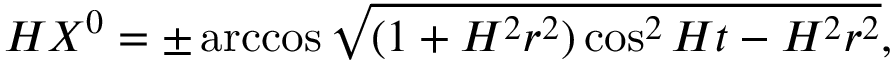
H X ^ { 0 } = \pm \operatorname { a r c c o s } \sqrt { ( 1 + H ^ { 2 } r ^ { 2 } ) \cos ^ { 2 } H t - H ^ { 2 } r ^ { 2 } } ,